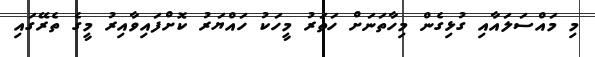
މި މައްސަލައާއި ގުޅިގެން މިހާތަނަށް ހަތަރު މީހަކު ހައްޔަރު ކޮށްފައިވާއިރު މީގެ ތެރޭގައި